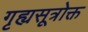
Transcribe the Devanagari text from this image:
गृह्यसूत्रोक्त